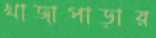
খাজাপাড়ার